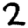
Digit: 2